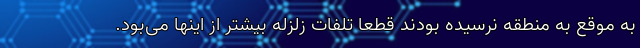
به موقع به منطقه نرسیده بودند قطعاً تلفات زلزله بیشتر از اینها می‌بود.